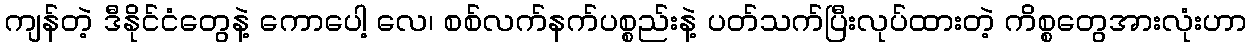
ကျန်တဲ့ ဒီနိုင်ငံတွေနဲ့ ကောပေါ့ လေ၊ စစ်လက်နက်ပစ္စည်းနဲ့ ပတ်သက်ပြီးလုပ်ထားတဲ့ ကိစ္စတွေအားလုံးဟာ